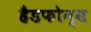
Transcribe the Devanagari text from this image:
हैडफोन्स